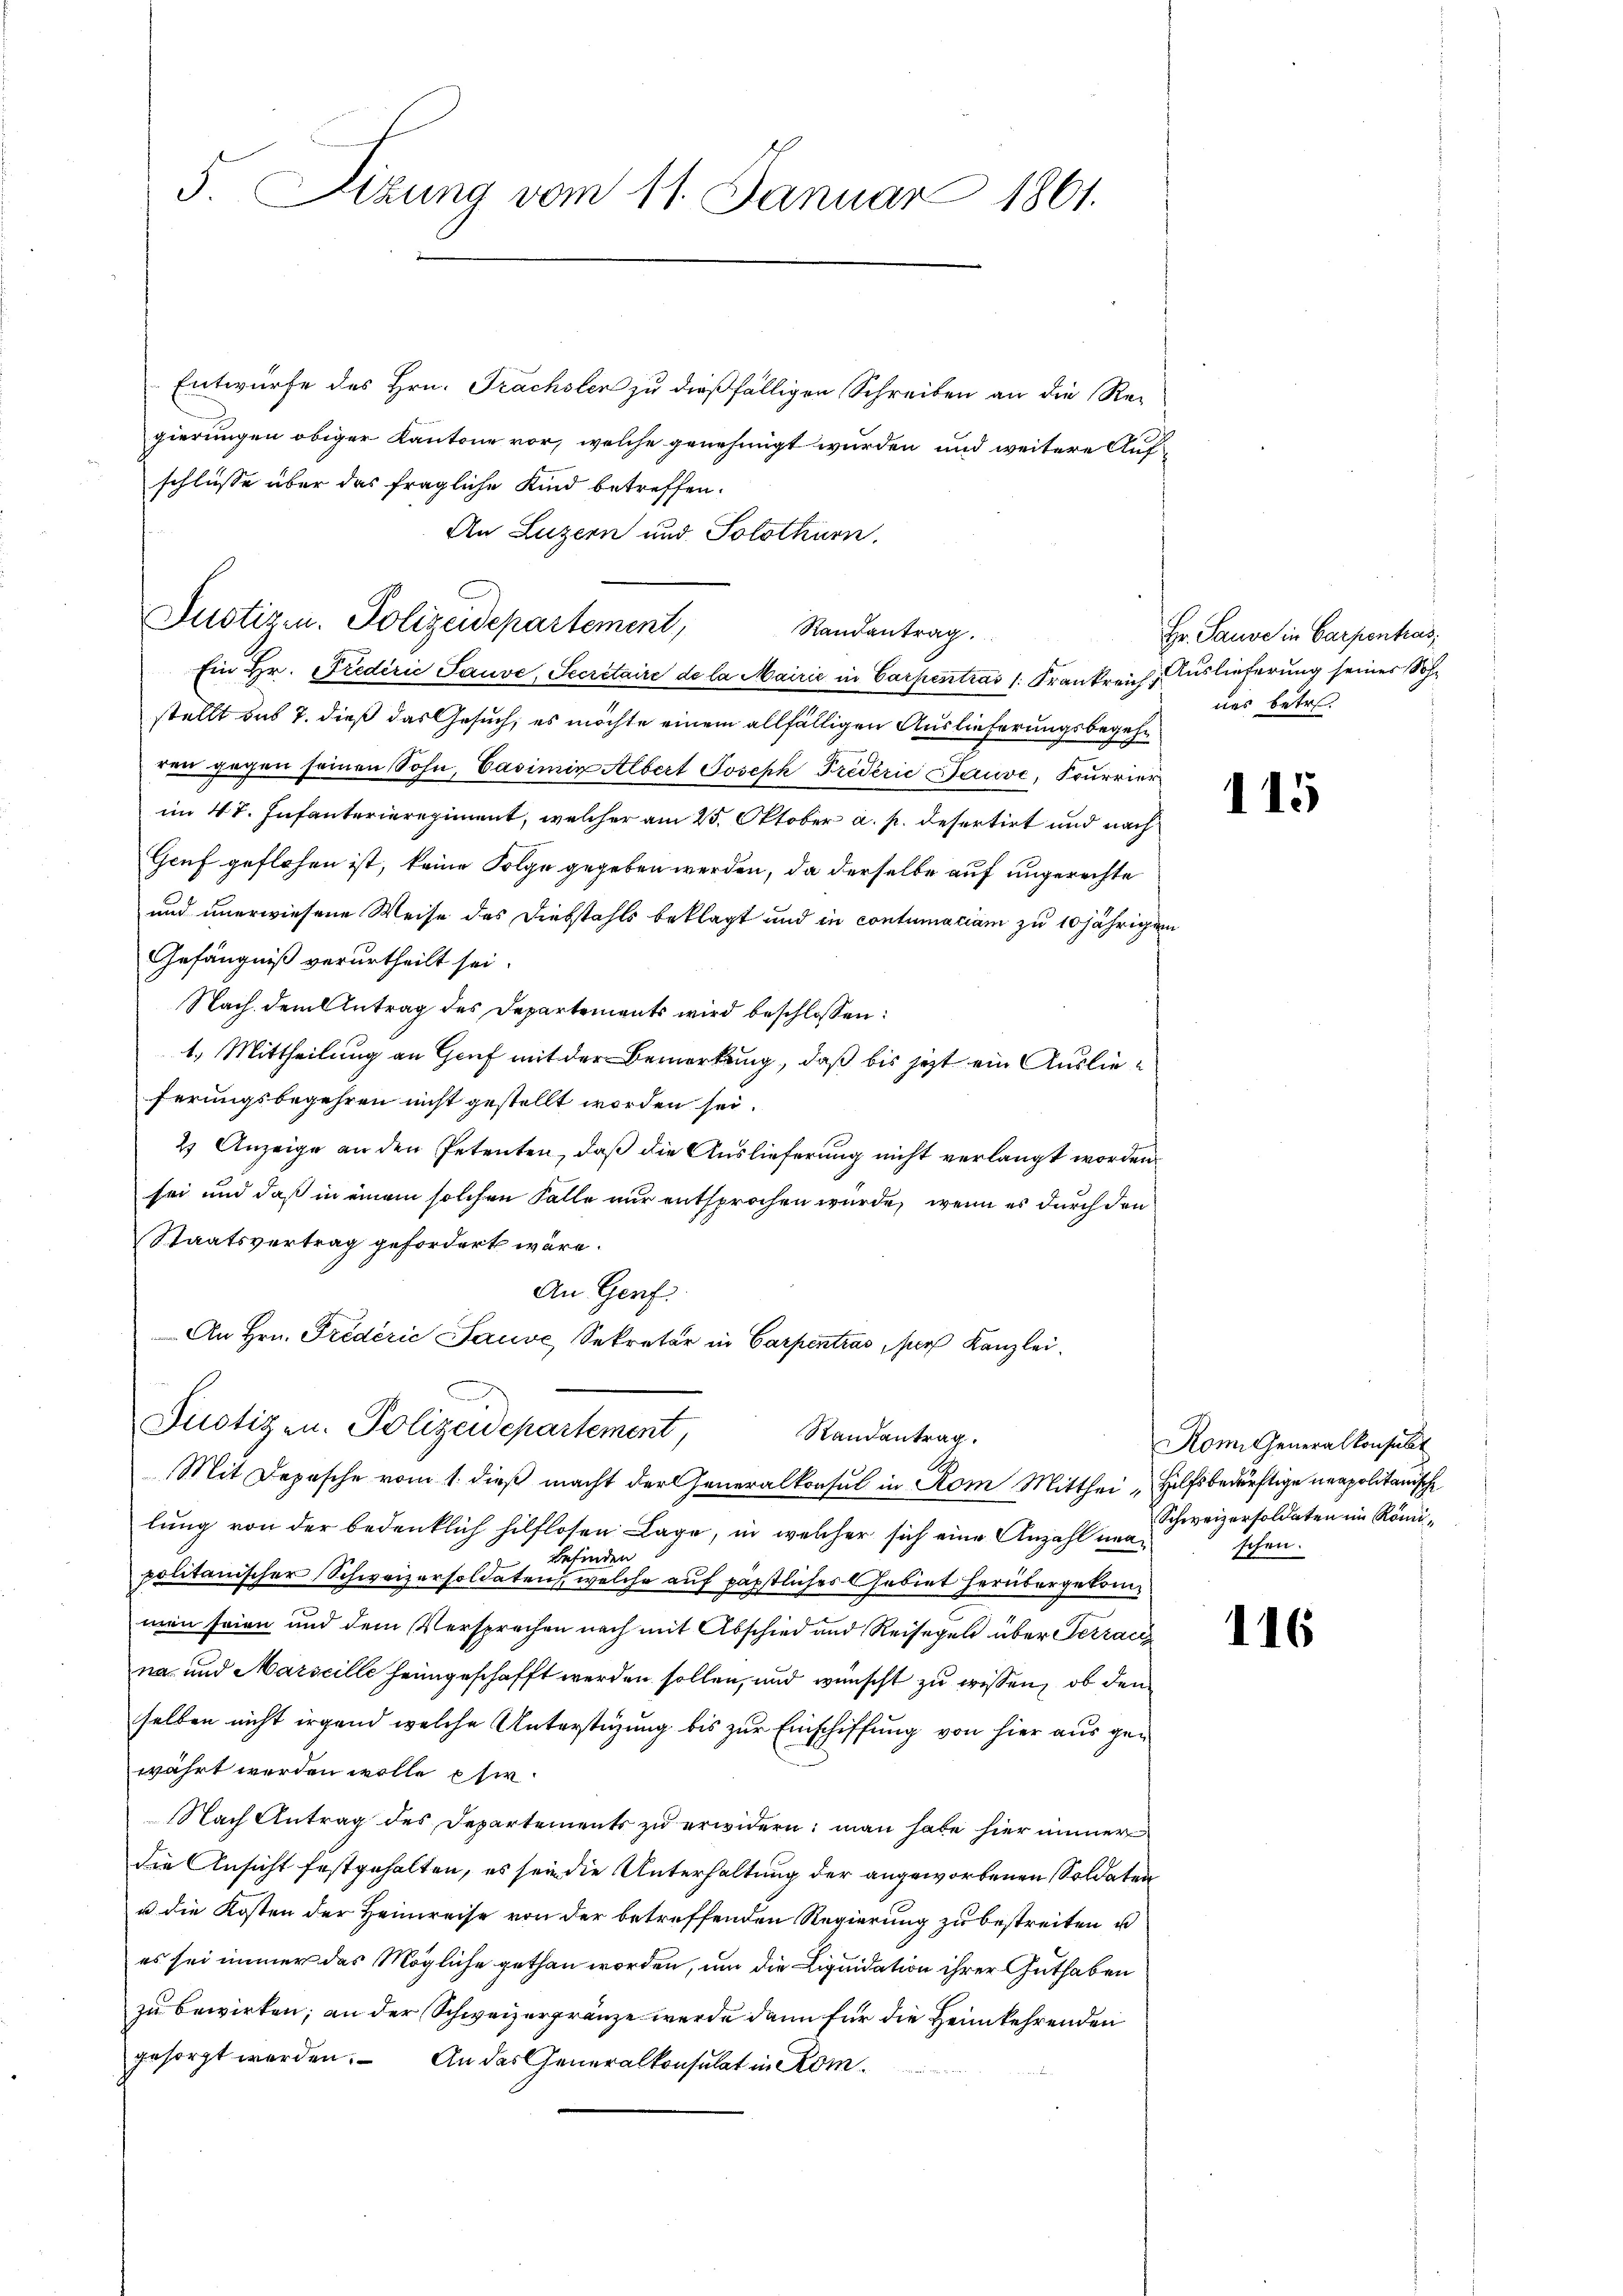
5. Sizung vom 11. Januar 1861.

Entwurfe des Hrn. Frachsler zu dießfälligen Schreiben an die Regierungen obiger Kantone vor, welche genehmigt wurden und weitere Aufschlüsse über das fragliche Kind betreffen.
An Luzern und Solothurn.
Randantrag.
Ein Hr. Fredérić Sauve, Secretaire de la Mairie in Carpentras /: Frankreich, Auslieferung seiner Sohstellt das 7. dieß das Gesuch, es möchte einem allfälligen Auslieferungsbegehren gegen seinen Sohn, Casimin Albert Joseph Tredérić Bauve, Sourrier
im 47. Infanterieregiment, welcher am 25. Oktober a. p. defertirt und nach
Gruf geflohen ist, keine Folge gegeben werden, da derselbe auf ungerechte
und unerwiesene Weise des Diebstahls beklagt und in contumaciam zu 10 jährigen
Gefängniß verurtheilt sei.
Nach dem Antrag des Departements wird beschlossen:
1.) Mittheilung an Genf mit der Bemerkung, daß bis jetzt ein Auslieferungsbegehren nicht gestellt worden sei.
2) Anzeige an den Petenten, daß die Auslieferung nicht verlangt worden
sei und daß in einem solchen Falle nur entsprochen würde, wenn es durch den
Staatsvertrag gefordert wäre.
An Genf
An Hrn. Friderić Sause Sekretär in Carpentias, sich Kanzlei¬
Justizen. Polizeidepartement,
Randantrag.
Mit Depesche vom 1. dieß macht der Generalkonsul in Rom Mitthei Hilfsbedürftige neapolitanische
lung von der bedenklich hilflosen Lage, in welcher sich eine Anzahl ver¬
Befinden
politanischer Schweizersoldaten, welche auf päpstliches Gebiet herübergekommen seien und dem Versprechen nach mit Abschied und Reisegel über Terrac
na und Marseille heimgeschafft werden sollen, und wünscht zu wissen, ob den
selben nicht irgend welche Unterstüzung bis zur Einschiffung von hier aus gewährt werden wolle eher¬
Nach Antrag des Departements zu erwidern: man habe hier immer
die Ansicht festgehalten, es sein die Unterhaltung der angeworbenen Soldaten
u die Kosten der Heimreise von der betreffenden Regierung zu bestreiten u
es sei immer das Mögliche gethan worden, um die Liquidation ihrer Guthaben
zu bewirken; an der Schweizergränze werde dann für die Heimkehrenden
gesorgt werden. An das Generalkonsulat in Kom¬

Justizen. Polizeidepartement,

Hr. Sause in Carpentras
nes betr.

115

Rom. Generalkonsult
Schweizersoldaten im Römischen.

116